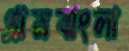
গ্রামবাংলা